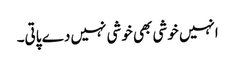
انہیں خوشی بھی خوشی نہیں دے پاتی۔